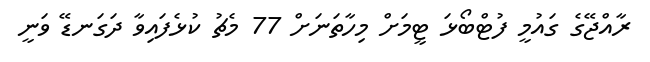
ރާއްޖޭގެ ގައުމީ ފުޓްބޯޅަ ޓީމަށް މިހާތަނަށް 77 މެޗު ކުޅެފައިވާ ދަގަނޑޭ ވަނީ